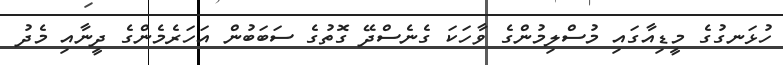
ހުޅަނގުގެ މީޑިއާގައި މުސްލިމުންގެ ވާހަކަ ގެނެސްދޭ ގޮތުގެ ސަބަބުން އަހަރެމެންގެ ދީނާއި މެދު